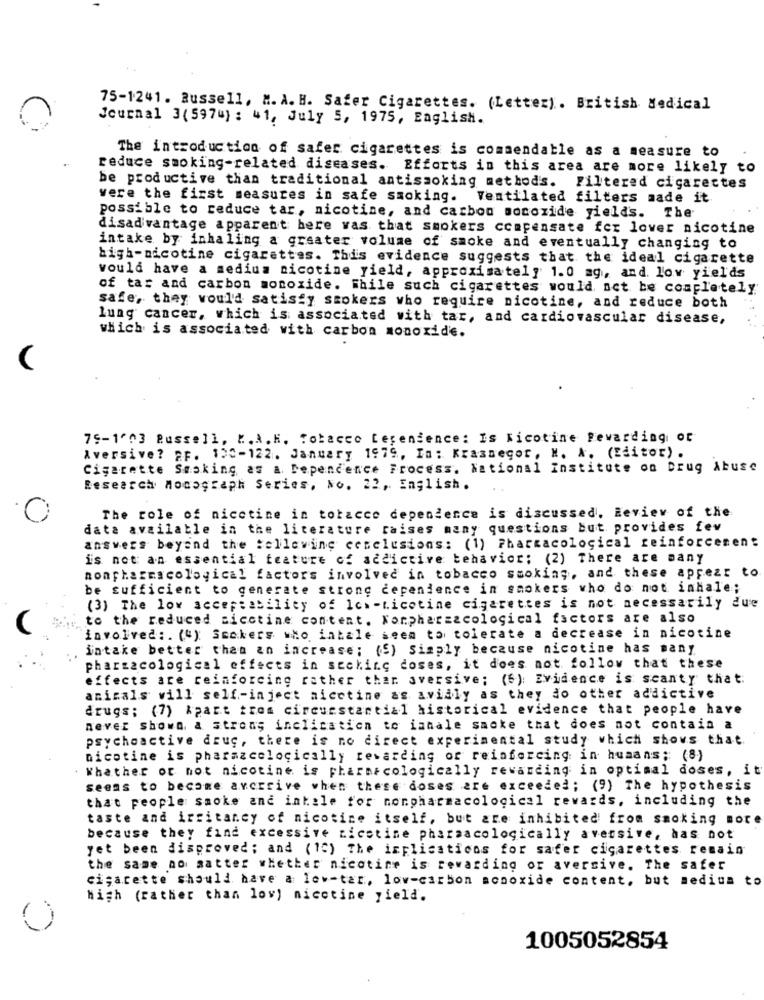
75-1241. Russell, M.A. B. Safer Cigarettes. (Letter) . British Medical
Journal 3(5974) : 41, July 5, 1975, English.
The introduction of safer cigarettes is commendable as a measure to
reduce smoking-related diseases. Efforts in this area are more likely to
be productive than traditional antismoking methods. Filtered cigarettes
vere the first measures in safe smoking. Ventilated filters made it
possible to reduce tar, nicotine, and carbon monoxide yields. The
disadvantage apparent bere vas that smokers compensate for lover nicotine
intake by inhaling a greater volume of smoke and eventually changing to
bigh-nicotine cigarettes. This evidence suggests that the ideal cigarette
would have a medium nicotine yield, approximately 1.0 mg, and. low yields
of tar and carbon monoxide. While such cigarettes would act be completely
safe, they would satisfy smokers who require nicotine, and reduce both
lung cancer, which is associated with tar, and cardiovascular disease,
which is associated with carbon monoxide.
75-1^^3 Russell, K.A.K. Tobacco terenience: Is Ticotine Rewarding of
Aversive? 2F. 100-122. January 1979, In: Krasnegor, M. A. (Editor) .
Cigarette Smoking as a. Dependence Frocess. National Institute on Drug Abuse
Research Mocograph Series, No. 22, English.
The role of nicotine in toracce dependence is discussed. Review of the
data available in the literature raises many questions but provides fev
answers beyand the :elleving ccsclusions: (1) Pharmacological reinforcement
is not an essential feature of accictive behavior; (2) There are many
nonpharmacological factors involved in tobacco smoking, and these appear to
be sufficient to generate strong dependence in smokers who do not inhale;
(3) The low accep:ability of low-ticotine cigarettes is not necessarily due
to the reduced sicctine content. Nonpharmacological factors are also
involved :. ("); Seakers who intale seem to tolerate a decrease in nicotine
intake better than an increase; (5) Simply because nicotine has many
pharmacological effects in seckinc doses, it does not follow that these
effects are reinforcing rather than aversive; (6): Evidence is scanty that.
animals vill self-inject aicctine as avidly as they do other addictive
drugs; (7) &part tres circunstantial historical evidence that people have
never shown a strong inclicatien to ianale sacke that does not contain a
psychoactive drug, there is no direct experimental study which shows that
nicotine is pharmzcolocically rewarding of reinforcing in humans; (8)
. Whather or not nicotine is pharmacologically rewarding in optimal doses, it
seems to become avcrrive when these doses are exceeded; (9) The hypothesis
that people smoke and intale for nonpharmacological rewards, including the
taste and irritancy of nicotine itself, but are inhibited from smoking more
because they find excessive nicotine pharmacologically aversive, has not
yet been disproved; and (12) The implications for safer cigarettes remain
the same no satter whether nicotine is rewarding or avercive. The safer
cigarette should have a low-tar, low-carbon monoxide content, but medium to
high (rather than lov) nicotine yield.
1005052854